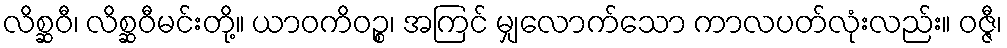
လိစ္ဆဝီ၊ လိစ္ဆဝီမင်းတို့။ ယာဝကိဝဉ္စ၊ အကြင် မျှလောက်သော ကာလပတ်လုံးလည်း။ ဝဇ္ဇီ၊